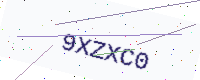
Text: 9XZXC0